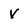
Character: v